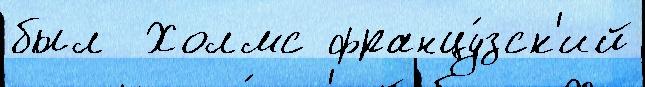
был  Холмс францу́зск'ий